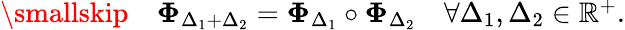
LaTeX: \begin{array}{rl}{\smallskip}&{{}{\mathbf\Phi}_{\Delta_{1}+\Delta_{2}}={\mathbf\Phi}_{\Delta_{1}}\circ{\mathbf\Phi}_{\Delta_{2}}\quad\forall\Delta_{1},\Delta_{2}\in\mathbb{R}^{+}.}\end{array}